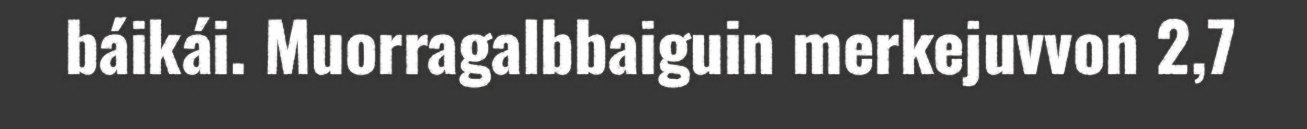
báikái. Muorragalbbaiguin merkejuvvon 2,7